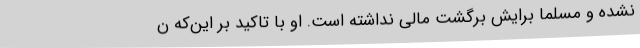
نشده و مسلما برایش برگشت مالی نداشته است. او با تاکید بر این‌که ن